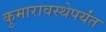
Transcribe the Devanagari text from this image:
कुमारावस्थेपर्यंत